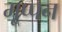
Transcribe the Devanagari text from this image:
मूप्पन